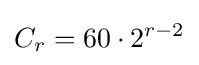
C_{r}=60\cdot 2^{r-2}